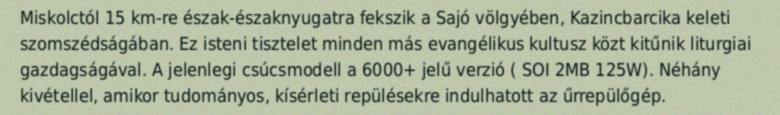
Miskolctól 15 km-re észak-északnyugatra fekszik a Sajó völgyében, Kazincbarcika keleti szomszédságában. Ez isteni tisztelet minden más evangélikus kultusz közt kitűnik liturgiai gazdagságával. A jelenlegi csúcsmodell a 6000+ jelű verzió ( SOI 2MB 125W). Néhány kivétellel, amikor tudományos, kísérleti repülésekre indulhatott az űrrepülőgép.